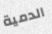
الدمية